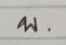
บ.